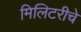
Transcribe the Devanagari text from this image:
मिलिटरीचे